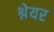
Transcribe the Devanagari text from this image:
श्नेयर